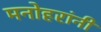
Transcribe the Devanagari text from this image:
मनोहरांनी